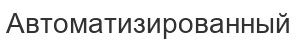
Автоматизированный